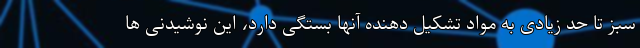
سبز تا حد زیادی به مواد تشکیل دهنده آنها بستگی دارد، این نوشیدنی ها